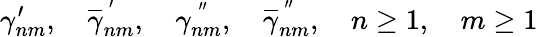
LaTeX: \gamma_{nm}^{\prime},\quad\overline{{{\gamma}}}_{nm}^{\, ^{\prime}},\quad{\gamma}_{nm}^{\, ^{\prime\prime}},\quad\overline{{{\gamma}}}_{nm}^{\, ^{\prime\prime}},\quad n\geq 1,\quad m\geq 1